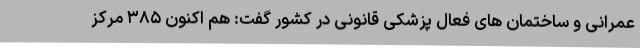
عمرانی و ساختمان های فعال پزشکی قانونی در کشور گفت: هم اکنون ۳۸۵ مرکز